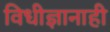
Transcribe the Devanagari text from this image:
विधीज्ञानाही